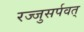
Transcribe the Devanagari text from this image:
रज्जुसर्पवत्